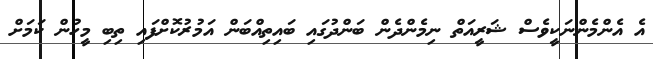
އެ އެންމެންނަކީވެސް ޝަރީއަތް ނިމެންދެން ބަންދުގައި ބައިތިއްބަން އަމުރުކޮށްފައި ތިބި މީހުން ކަމަށް